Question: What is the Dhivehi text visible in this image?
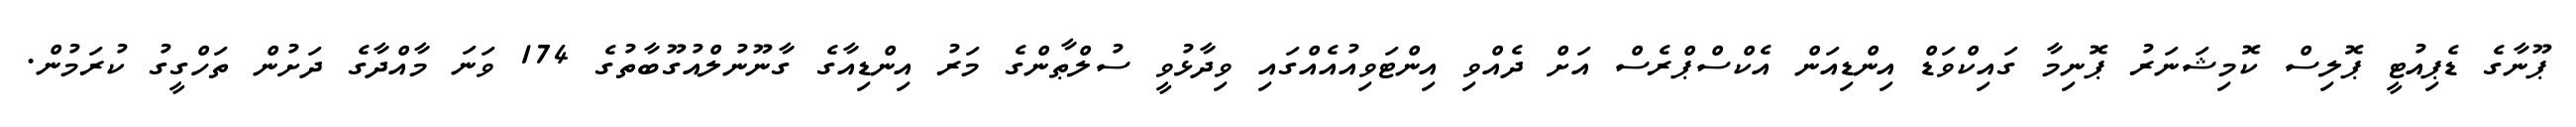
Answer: ޕޫނާގެ ޑެޕިއުޓީ ޕޮލިސް ކޮމިޝަނަރު ޕޮނިމާ ގައިކްވަޑް އިންޑިއަން އެކްސްޕްރެސް އަށް ދެއްވި އިންޓަވިއުއެއްގައި ވިދާޅުވީ ސުލްޠާންގެ މަރު އިންޑިއާގެ ގާނޫނުލްއުގޫބާތުގެ 174 ވަނަ މާއްދާގެ ދަށުން ތަހްގީގު ކުރަމުން.